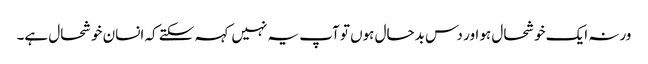
ورنہ ایک خوشحال ہو اور دس بدحال ہوں تو آپ یہ نہیں کہہ سکتے کہ انسان خوشحال ہے۔